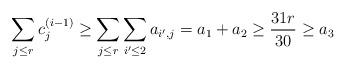
LaTeX: \begin{align*}\sum_{j \le r} c^{(i-1)}_j\ge \sum_{j\le r} \sum_{i' \le 2} a_{i',j}=a_1+a_2\ge \frac{31r}{30}\ge a_3\end{align*}